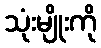
သုံးမျိုးကို